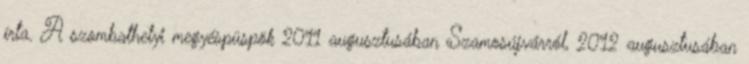
írta. A szombathelyi megyéspüspök 2011 augusztusában Szamosújvárról, 2012 augusztusában